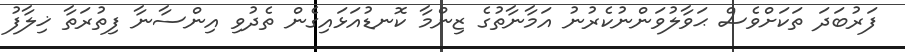
ފަރުބަދަ ތަކަށްވެސް ޙަވާލުވަންނުކެރުނު އަމާނާތުގެ ޒިންމާ ކޮނޑުއަޅައިގެން ތެދުވި އިންސާނާ ފިތުރަތާ ޚިލާފު